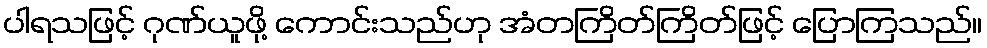
ပါရသဖြင့် ဂုဏ်ယူဖို့ ကောင်းသည်ဟု အံတကြိတ်ကြိတ်ဖြင့် ပြောကြသည်။